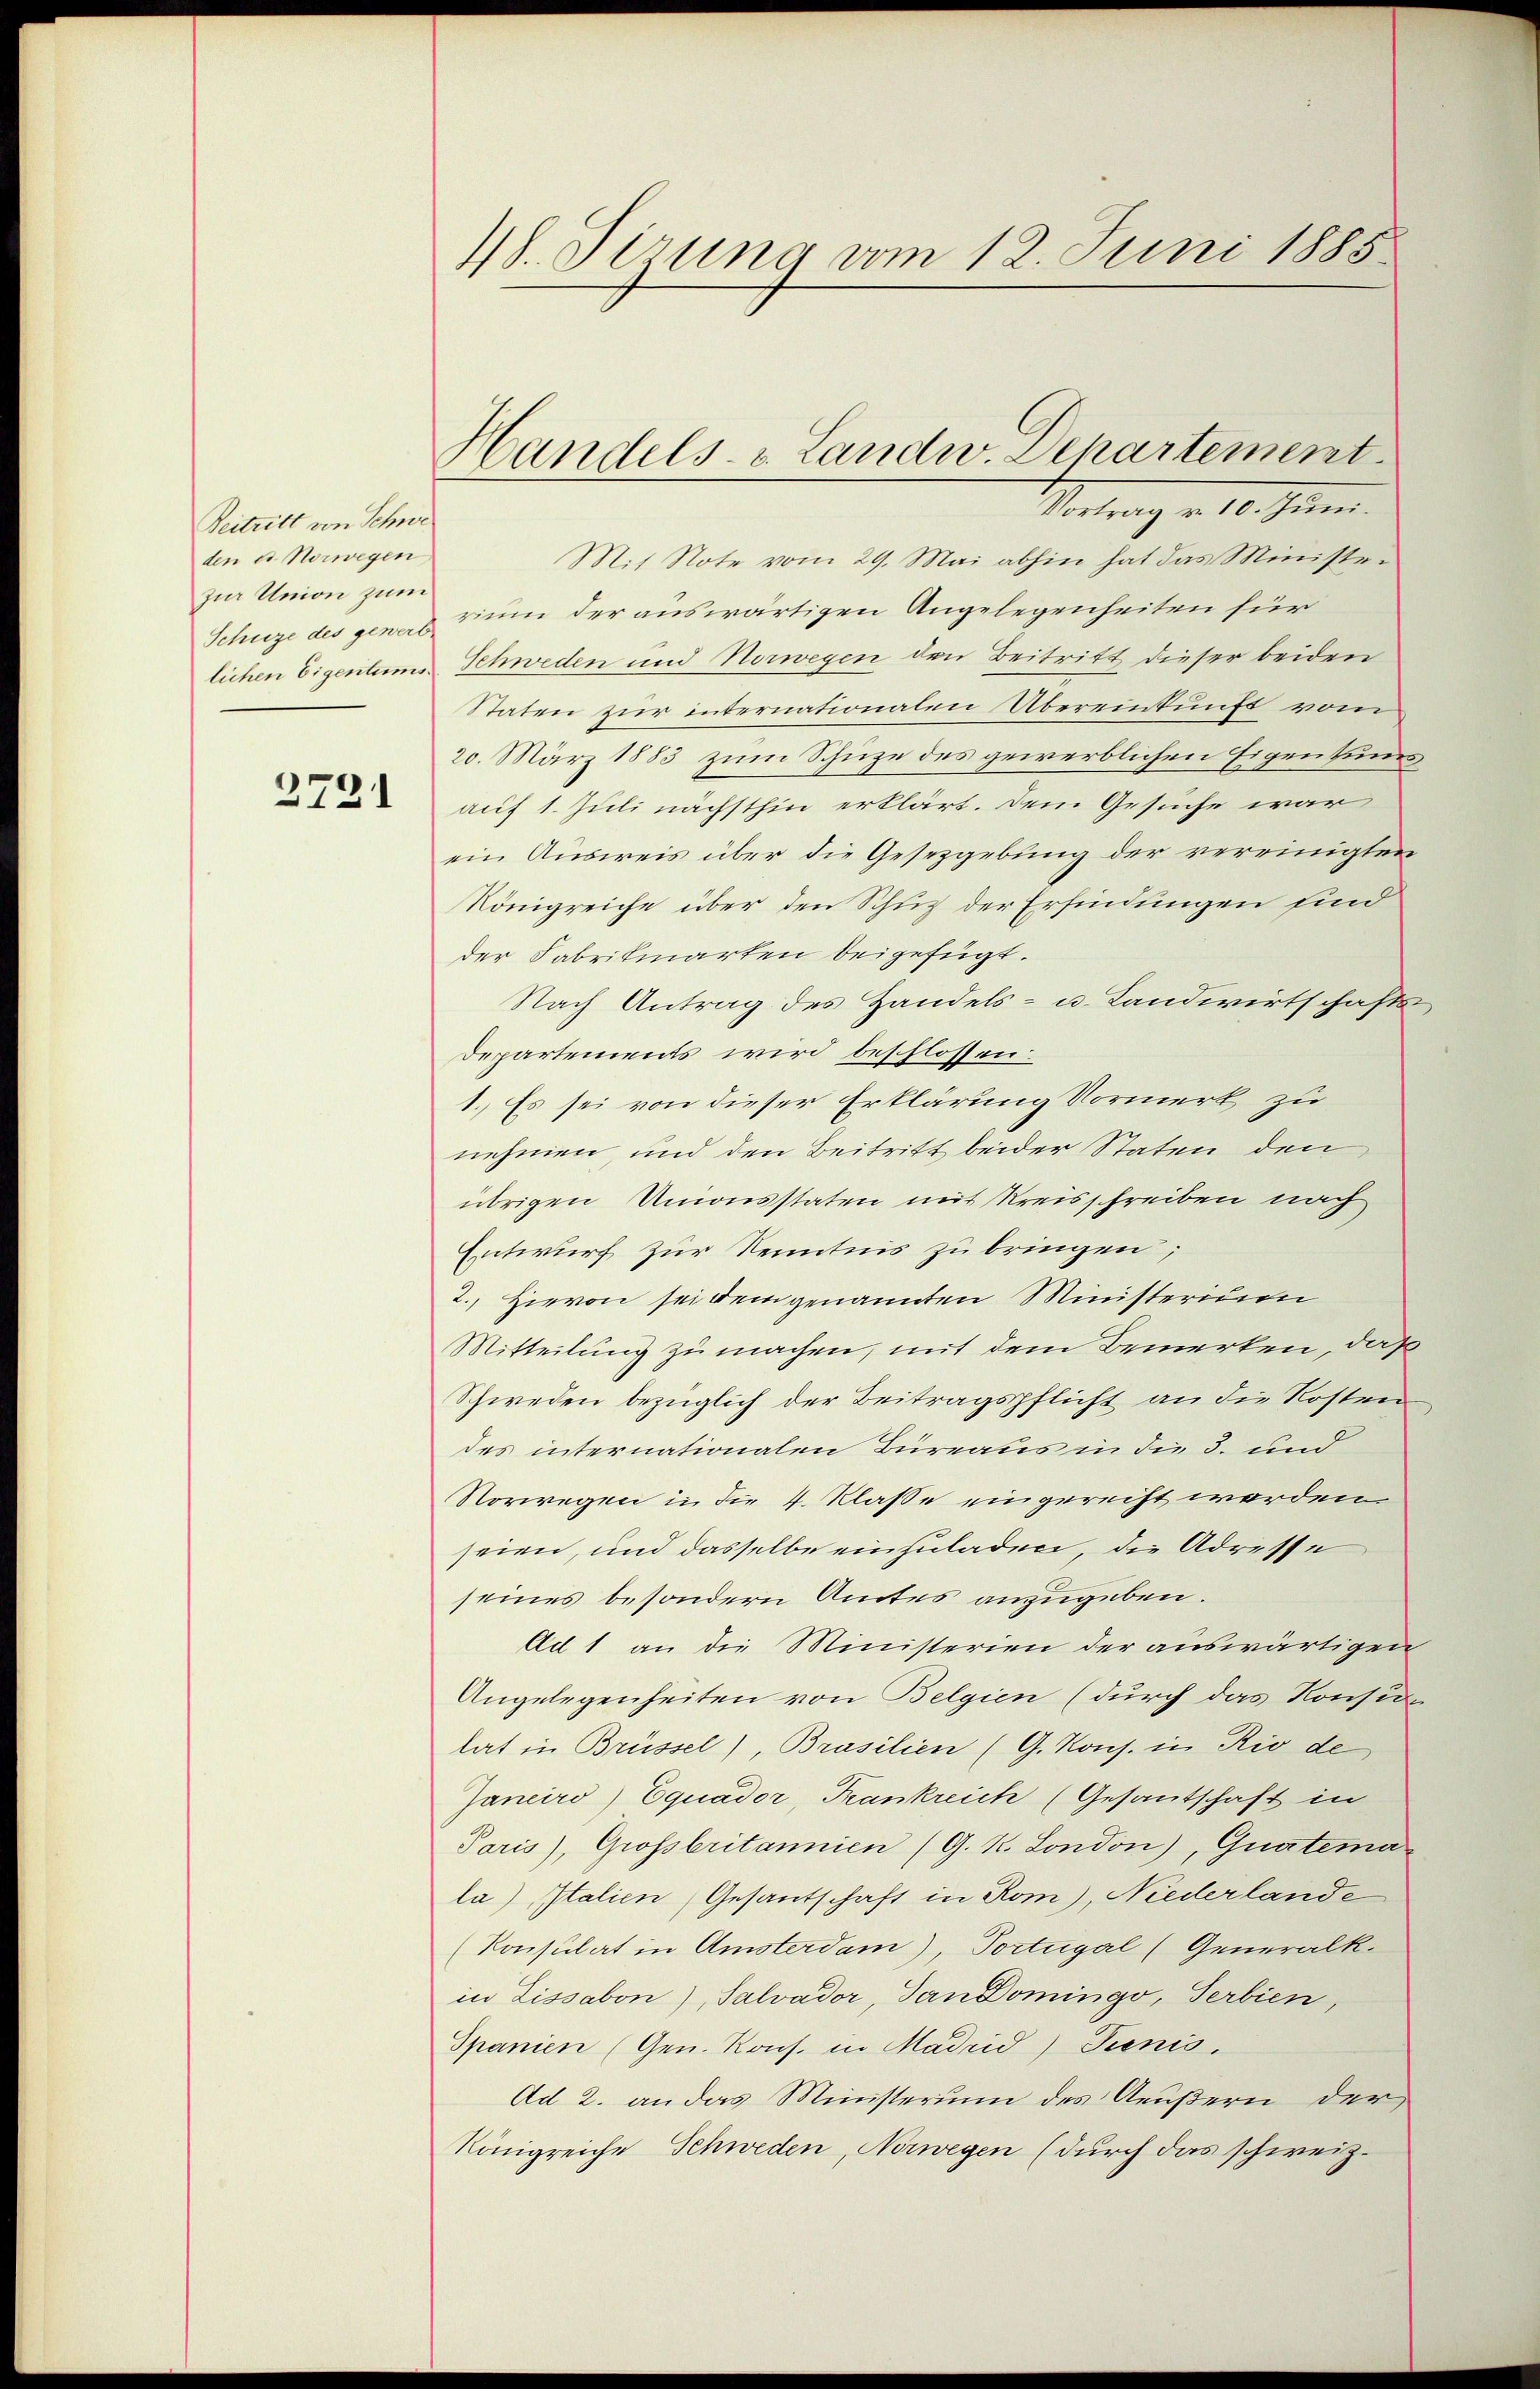
Beitritt von Schwe
den et. Norwegen
zur Union zum

2721

18. Sirung vom 12. Juni 1885.

Vortrag v. 10. Juni.
M.t Note vom 29. Mai abhin hat das Ministe-
Schuze des gene zum der auswärtigen Angelegenheiten für
lichen Eigentums Schweden und Norwegen den Beitritt dieser beiden
Staten zur internationalen Übereinkunft vom
20. März 1883 zum Schuze des gewerblichen Eigentums
auf 1. Juli nächsthin erklärt. Dem Gesuche war
ein Ausweis über die Gesetzgebung der vereinigten
Königreiche über den Schuz der Erfindungen sind
der Fabrikarten beigefügt.
Nach Antrag des Handels- u. Landwirtschafts
Departements wird beschlossen:
1. Es sei von dieser Erklärung Vormerk zu
nehmen, und den Beitritt beider Staten den
übrigen Unionsstaten mit Kreisschreiben nach
Entwurf zur Kenntnis zu bringen;
2., Hievon sei dem genannten Ministerium
Mitteilung zu machen, mit dem Bemerken, daß
Schweden bezüglich der Beitragspflicht an die Kosten
des internationalen Büreaus in die 3. und
Norwegen in die 4. Klasse eingerecht werden
seien, und dasselbe einzuladen, die Adresse
seines besondern Amtes anzugeben.
Ad 1 an die Ministerien der auswärtigen
Angelegenheiten von Belgien (durch das Konsun
lat in Brüssel), Brasilien (G. Kons. in Rio de
Janeiro) Equader, Frankreich (Gesantschaft in
Paris), Grossbritannien (G. K. London), Guatema
la) Italien, Gesantschaft in Rom), Niederlande
(Konsulat in Amsterdam), Portugal (Generalk.
in Lissabon), Salvador, dan Domingo, Serbien,
Spanien (Gen. Kons. in Madrid) Prenis.
Ad 2. an das Ministerium des Arŭβern der
Königreiche Schweden, Norwegen (durch das schweiz.

Handels- & Landw. Departement.